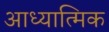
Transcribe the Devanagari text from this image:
आध्‍यात्मिक